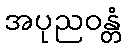
အပုညဝန္တံ